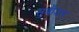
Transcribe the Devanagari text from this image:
सुबीजम्